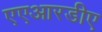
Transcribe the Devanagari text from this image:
एएआरडीए